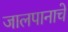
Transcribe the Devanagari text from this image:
जालपानाचे